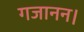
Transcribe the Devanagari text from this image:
गजानन।